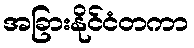
အခြားနိုင်ငံတကာ